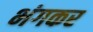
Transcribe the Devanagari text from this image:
भंगकर